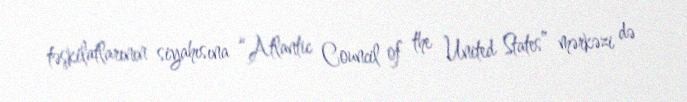
təşkilatlarının siyahısına “Atlantic Council of the United States” mərkəzi də